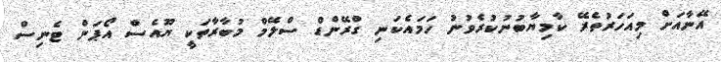
އޭނާއަށް މިއަހަރުތެރޭ ކާމިޔާބުނުކުރެވުނު ހަމައެކަނި ގްރޭންޑް ސްލޭމް މުބާރާތަކީ ޔޫއެސް އޯޕަން ޓެނިސް